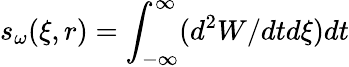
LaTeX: s_{\omega}(\xi,r)=\int_{-\infty}^{\infty}(d^{2}W/dtd\xi)dt